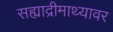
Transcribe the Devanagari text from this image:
सह्याद्रीमाथ्यावर